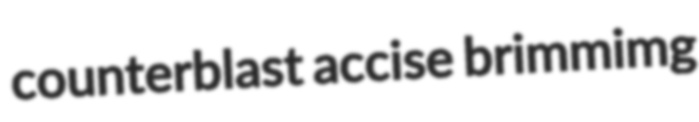
counterblast accise brimmimg